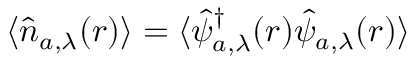
\langle \hat { n } _ { a , \lambda } ( \boldsymbol { r } ) \rangle = \langle \hat { \psi } _ { a , \lambda } ^ { \dagger } ( \boldsymbol { r } ) \hat { \psi } _ { a , \lambda } ( \boldsymbol { r } ) \rangle